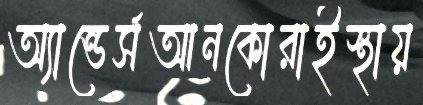
অ্যান্ডের্সআনকোরাইস্থায়